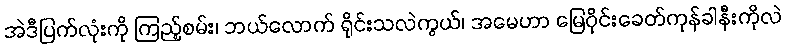
အဲဒီပြက်လုံးကို ကြည့်စမ်း၊ ဘယ်လောက် ရိုင်းသလဲကွယ်၊ အမေဟာ မြေဝိုင်းခေတ်ကုန်ခါနီးကိုလဲ